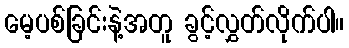
မေ့ပစ်ခြင်းနဲ့အတူ ခွင့်လွှတ်လိုက်ပါ။